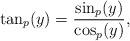
LaTeX: \begin{align*}\tan_p(y)=\frac{\sin_p(y)}{\cos_p(y)},\end{align*}